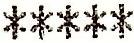
*****